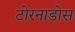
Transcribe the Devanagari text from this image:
टोरनाडोस